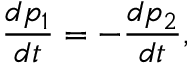
{ \frac { d p _ { 1 } } { d t } } = - { \frac { d p _ { 2 } } { d t } } ,